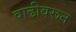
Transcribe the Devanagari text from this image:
वाढीवरून